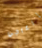
إزعاجي